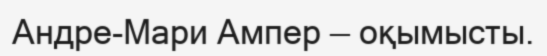
Андре-Мари Ампер — оқымысты.